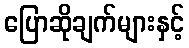
ပြောဆိုချက်များနှင့်